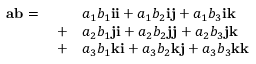
{ \begin{array} { r l } { \mathbf { a b } = \qquad } & { a _ { 1 } b _ { 1 } \mathbf { i i } + a _ { 1 } b _ { 2 } \mathbf { i j } + a _ { 1 } b _ { 3 } \mathbf { i k } } \\ { + } & { a _ { 2 } b _ { 1 } \mathbf { j i } + a _ { 2 } b _ { 2 } \mathbf { j j } + a _ { 2 } b _ { 3 } \mathbf { j k } } \\ { + } & { a _ { 3 } b _ { 1 } \mathbf { k i } + a _ { 3 } b _ { 2 } \mathbf { k j } + a _ { 3 } b _ { 3 } \mathbf { k k } } \end{array} }